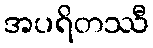
အပရိတဿီ